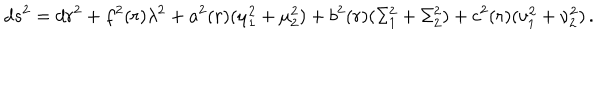
LaTeX: d s ^ { 2 } = d r ^ { 2 } + f ^ { 2 } ( r ) \lambda ^ { 2 } + a ^ { 2 } ( r ) ( \mu _ { 1 } ^ { 2 } + \mu _ { 2 } ^ { 2 } ) + b ^ { 2 } ( r ) ( \Sigma _ { 1 } ^ { 2 } + \Sigma _ { 2 } ^ { 2 } ) + c ^ { 2 } ( r ) ( \nu _ { 1 } ^ { 2 } + \nu _ { 2 } ^ { 2 } ) \, .